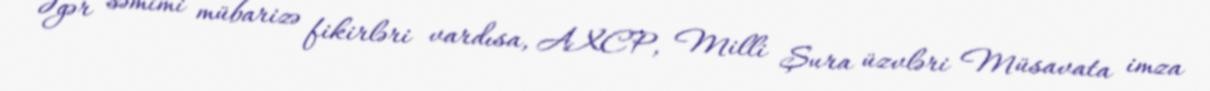
Əgər səmimi mübarizə fikirləri vardısa, AXCP, Milli Şura üzvləri Müsavata imza